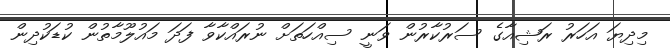
މިދިޔަ އަހަރު ރަޝިއާގެ ސަރުކާރުން ވަނީ ސިއްހަތަށް ނުރައްކާވާ ފަދަ މައުލޫމާތުން ކުޑަކުދިން